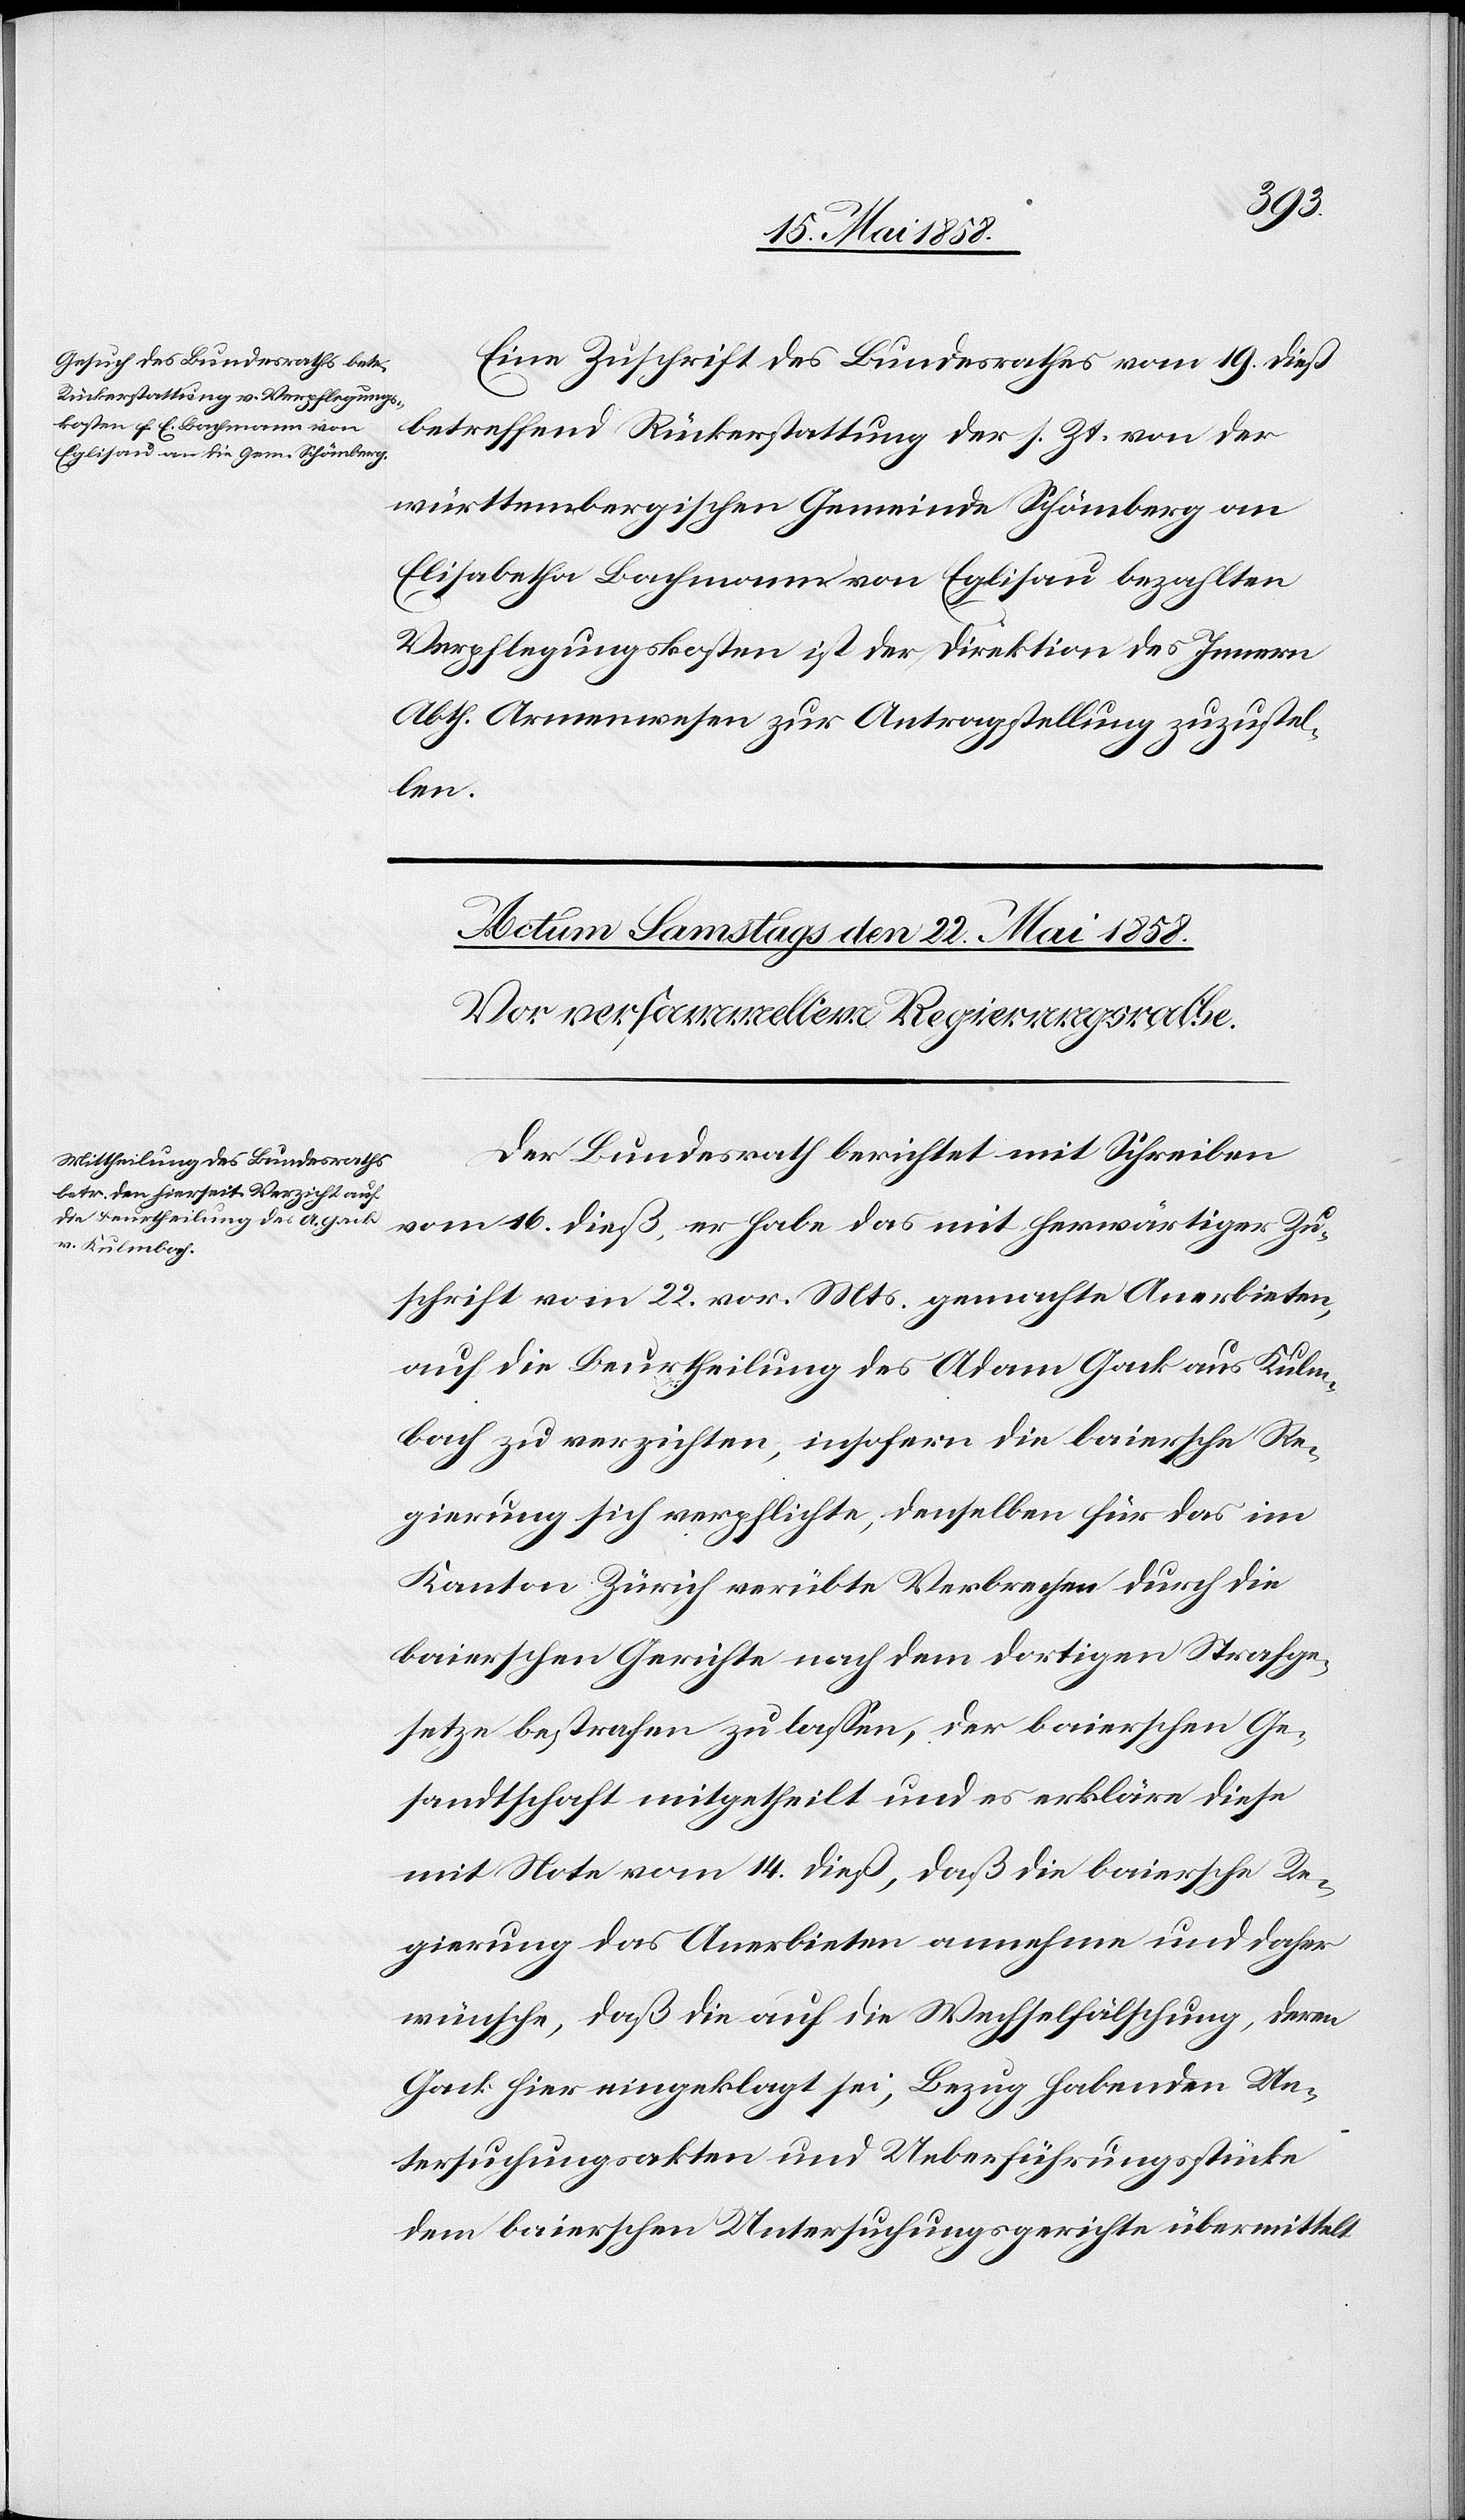
den
21. Mai 1858.]
Eine Zuschrift des Bundesrathes vom 19. dieß
betreffend Rückerstattung der s. Zt. von der
württembergischen Gemeinde Schönberg an
Elisabetha Bachmann von Eglisau bezahlten
Verpflegungskosten ist der Direktion des Innern
Abth. Armenwesen zur Antragstellung zuzustel¬
len.
Der Bundesrath berichtet mit Schreiben
vom 16. dieß, er habe das mit herwärtiger Zu¬
schrift vom 22. vor. Mts. gemachte Anerbieten,
auf die Beurtheilung des Adam Gack aus Kulm¬
bach zu verzichten, insofern die baiersche Re¬
gierung sich verpflichte, denselben für das im
Kanton Zürich verübte Verbrechen durch die
baierschen Gerichte nach dem dortigen Strafge¬
setze bestrafen zu lassen, der baierschen Ge¬
sandtschaft mitgetheilt und es erkläre diese
mit Note vom 14. dieß, daß die baiersche Re¬
gierung das Anerbieten annehme und daher
wünsche, daß die auf die Wechselfälschung, deren
Gack hier eingeklagt sei, Bezug habenden Un¬
tersuchungsakten und Ueberführungsstücke
dem baierschen Untersuchungsgerichte übermittelt